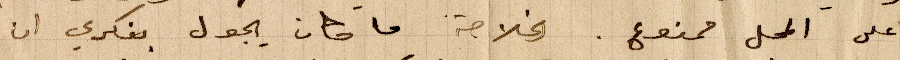
على المحل ممنوع. الخلاصه ما كان يجول بفكري ان